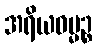
အရိယဓမ္မဉ္စ